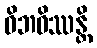
ဝိဘဝိဿန္တိ